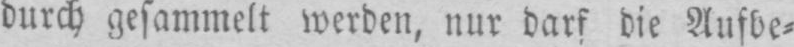
durch gesammelt werden, nur darf die Aufbe⸗